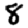
Digit: 8